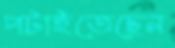
পটাইতেছেন